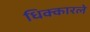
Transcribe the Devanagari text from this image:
धिक्कारले